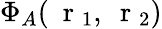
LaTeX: \Phi_{A}(\mathrm{~\mathbf~r~}_{1},\mathrm{~\mathbf~r~}_{2})